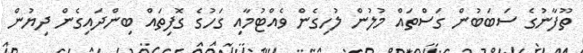
ތޫފާނުގެ ސަބަބުން ގަސްތައް މުލުން ލުހިގެން ވެއްޓުމާއި ގަހުގެ ގޮފިތައް ބިންދައިގެން ދިޔުން